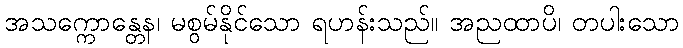
အသက္ကောန္တေန၊ မစွမ်နိုင်သော ရဟန်းသည်။ အညထာပိ၊ တပါးသော